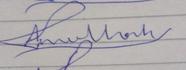
Signature authenticity: forged